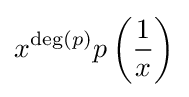
x^{\deg(p)}p\left({\frac {1}{x}}\right)